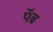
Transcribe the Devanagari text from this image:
पॅब